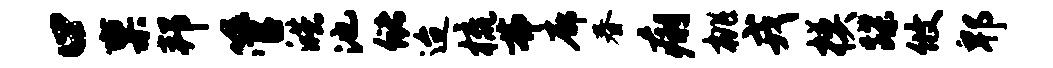
口禀邦管皓池储迨梳弗廓春痢桃戎模蹀攸郫